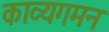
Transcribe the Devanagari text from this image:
काव्यगमन